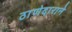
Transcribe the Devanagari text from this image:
ठाणेदाराने